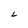
Character: L